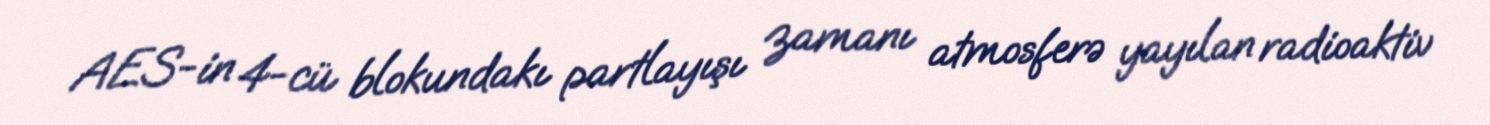
AES-in 4-cü blokundakı partlayışı zamanı atmosferə yayılan radioaktiv